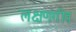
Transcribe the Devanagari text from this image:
लक्षणगीत